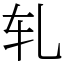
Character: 轧